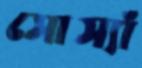
সোস্যাঁ